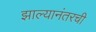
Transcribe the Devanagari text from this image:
झाल्यानंतरची